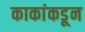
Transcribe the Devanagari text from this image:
काकांकडून